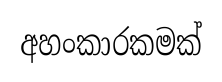
අහංකාරකමක්